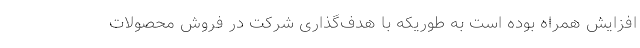
افزایش همراه بوده است به طوریکه با هدف‌گذاری شرکت در فروش محصولات